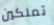
تملكين